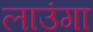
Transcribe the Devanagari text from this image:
लाउंगा